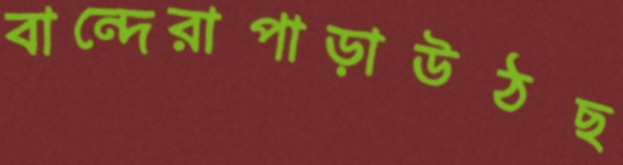
বান্দেরাপাড়াউঠছ